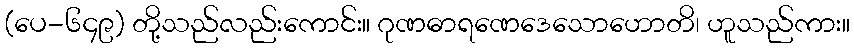
(ပေ-၆၄၉) တို့သည်လည်းကောင်း။ ဂုဏဓာရဏေဒေသောဟောတိ၊ ဟူသည်ကား။